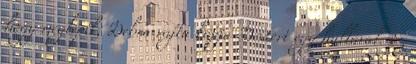
hogy meglépik, Debra rajta kapja Dextert egy hullával. Ez